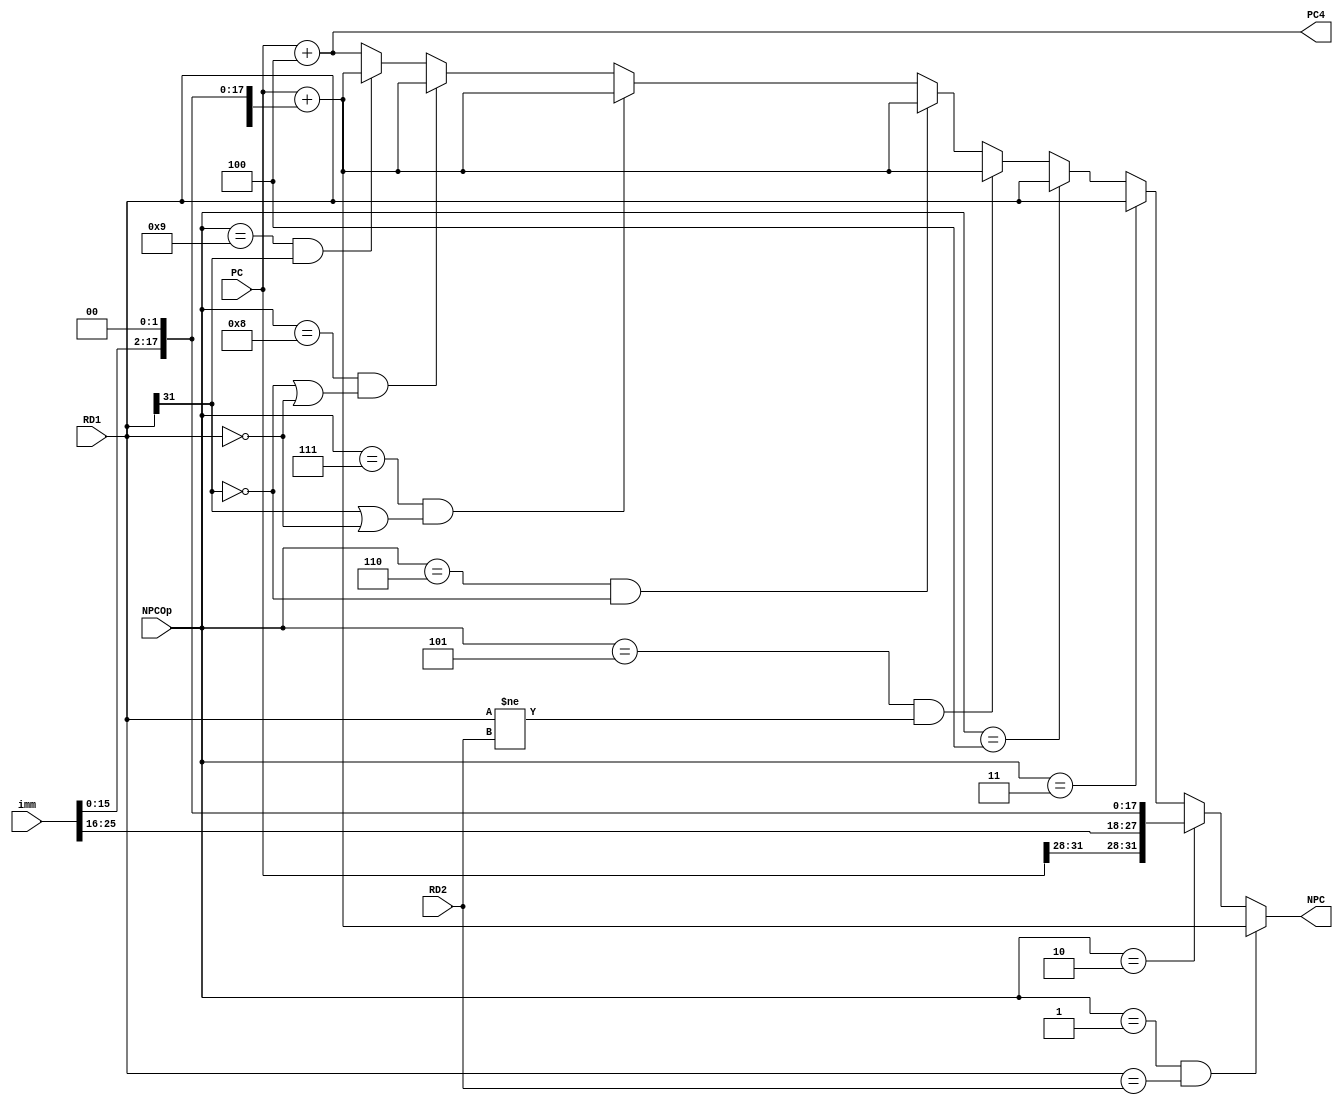
`timescale 1ns / 1ps
//////////////////////////////////////////////////////////////////////////////////
// Company: 
// Engineer: 
// 
// Design Name: 
// Module Name:    NPC 
// Project Name: 
// Target Devices: 
// Tool versions: 
// Description: 
//
// Dependencies: 
//
// Revision: 
// Revision 0.01 - File Created
// Additional Comments: 
//
//////////////////////////////////////////////////////////////////////////////////
module NPC(
    input [31:0] PC,
    input [25:0] imm,
    input [3:0] NPCOp,
    input [31:0] RD1,
    input [31:0] RD2,
    output [31:0] NPC,
    output [31:0] PC4
    );
	 
	 parameter beq = 4'h1, j = 4'h2, jr = 4'h3, jalr = 4'h4, bne = 4'h5, bgtz = 4'h6, blez = 4'h7, bgez = 4'h8, bltz = 4'h9;
	 
	 assign PC4=PC+4;
	 assign NPC = ((NPCOp==beq) && (RD1==RD2))	?(PC+{{14{imm[15]}},imm[15:0],2'b00})://PC already +4
					    (NPCOp==j)									?{PC[31:28],imm,2'b00}:
						 (NPCOp==jr)								?RD1:
						 (NPCOp==jalr)								?RD1:
						 ((NPCOp==bne) && (RD1!=RD2))		?(PC+{{14{imm[15]}},imm[15:0],2'b00}):
						 ((NPCOp==bgtz) && (RD1[31]==0))?(PC+{{14{imm[15]}},imm[15:0],2'b00}):
						 ((NPCOp==blez) && (RD1[31]==1||RD1==0))?(PC+{{14{imm[15]}},imm[15:0],2'b00}):
						 ((NPCOp==bgez) && (RD1[31]==0||RD1==0))?(PC+{{14{imm[15]}},imm[15:0],2'b00}):
						 ((NPCOp==bltz) && (RD1[31]==1))?(PC+{{14{imm[15]}},imm[15:0],2'b00}):PC4;
																	 
																	 
endmodule